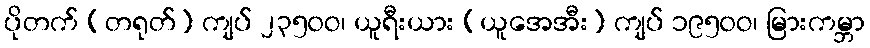
ပိုတက် (တရုတ်) ကျပ် ၂၃၅၀ဝ၊ ယူရီးယား (ယူအေအီး) ကျပ် ၁၉၅၀ဝ၊ မြားကမ္ဘာ